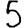
Digit: 5